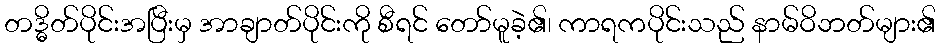
တဒ္ဓိတ်ပိုင်းအပြီးမှ အာချာတ်ပိုင်းကို စီရင် တော်မူခဲ့၏၊ ကာရကပိုင်းသည် နာမ်ဝိဘတ်များ၏